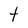
Character: t